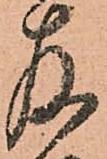
存